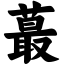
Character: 蕞